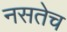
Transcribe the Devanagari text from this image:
नसतेच